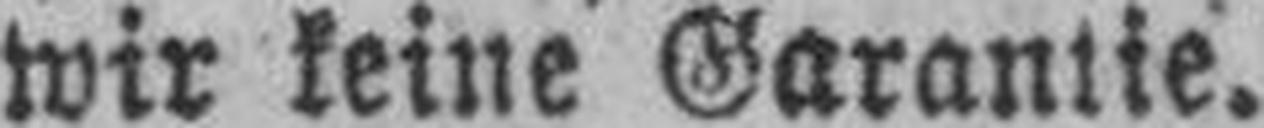
wir keine Garantie.